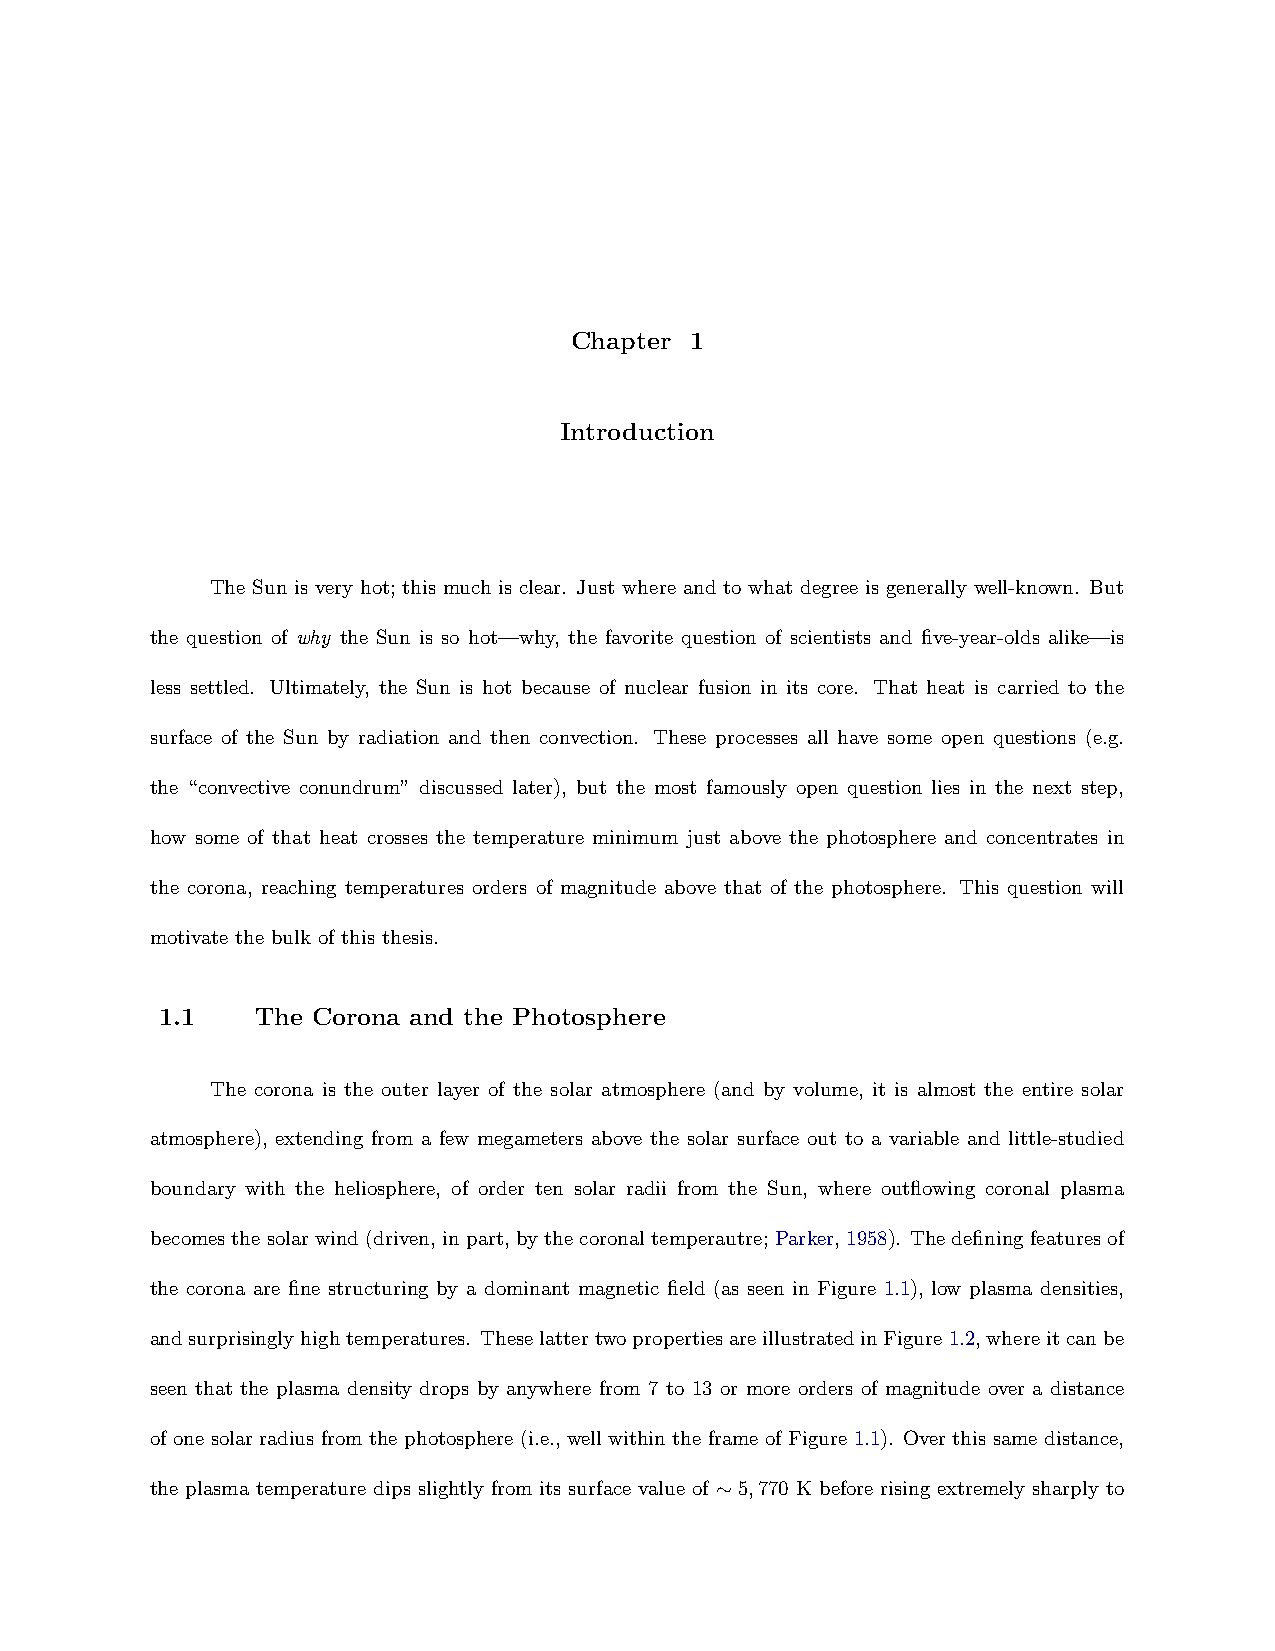
Chapter 1
 Introduction
 The Sun is very hot; this much is clear. Just where and to what degree is generally well-known. But
 the question of why the Sun is so hot—why, the favorite question of scientists and five-year-olds alike—is
 less settled. Ultimately, the Sun is hot because of nuclear fusion in its core. That heat is carried to the
 surface of the Sun by radiation and then convection. These processes all have some open questions (e.g.
 the “convective conundrum” discussed later), but the most famously open question lies in the next step,
 how some of that heat crosses the temperature minimum just above the photosphere and concentrates in
 the corona, reaching temperatures orders of magnitude above that of the photosphere. This question will
 motivate the bulk of this thesis.
 1.1   The Corona and the Photosphere
 The corona is the outer layer of the solar atmosphere (and by volume, it is almost the entire solar
 atmosphere), extending from a few megameters above the solar surface out to a variable and little-studied
 boundary with the heliosphere, of order ten solar radii from the Sun, where outflowing coronal plasma
 becomesthesolarwind(driven, inpart, bythecoronaltemperautre;Parker,1958). Thedefiningfeaturesof
 the corona are fine structuring by a dominant magnetic field (as seen in Figure 1.1), low plasma densities,
 andsurprisinglyhightemperatures. TheselattertwopropertiesareillustratedinFigure1.2,whereitcanbe
 seen that the plasma density drops by anywhere from 7 to 13 or more orders of magnitude over a distance
 of one solar radius from the photosphere (i.e., well within the frame of Figure 1.1). Over this same distance,
 the plasma temperature dips slightly from its surface value of ∼5,770 K before rising extremely sharply to